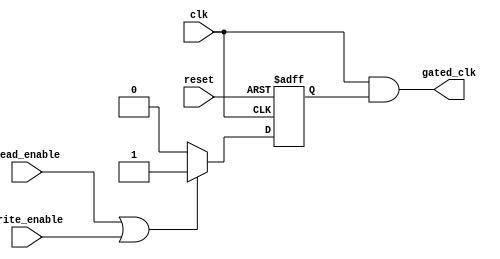
module dynamic_clock_gating (
    input wire clk,               // Main clock
    input wire read_enable,       // Read operation signal
    input wire write_enable,      // Write operation signal
    input wire reset,             // Reset signal
    output wire gated_clk         // Gated clock output
);

// Internal signal for gating logic
reg gating_signal;

// Control logic for generating gating signal
always @(posedge clk or posedge reset) begin
    if (reset) begin
        gating_signal <= 1'b1;    // Enable clock by default after reset
    end else begin
        if (read_enable || write_enable) begin
            gating_signal <= 1'b1; // Active operation, enable clock
        end else begin
            gating_signal <= 1'b0; // No operation, disable clock
        end
    end
end

// Clock gating cell: Gate the main clock using the gating signal
assign gated_clk = clk & gating_signal;

endmodule